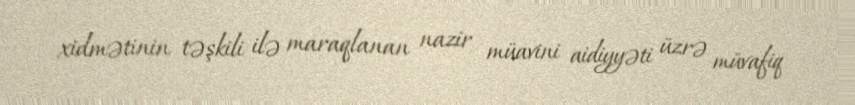
xidmətinin təşkili ilə maraqlanan nazir müavini aidiyyəti üzrə müvafiq